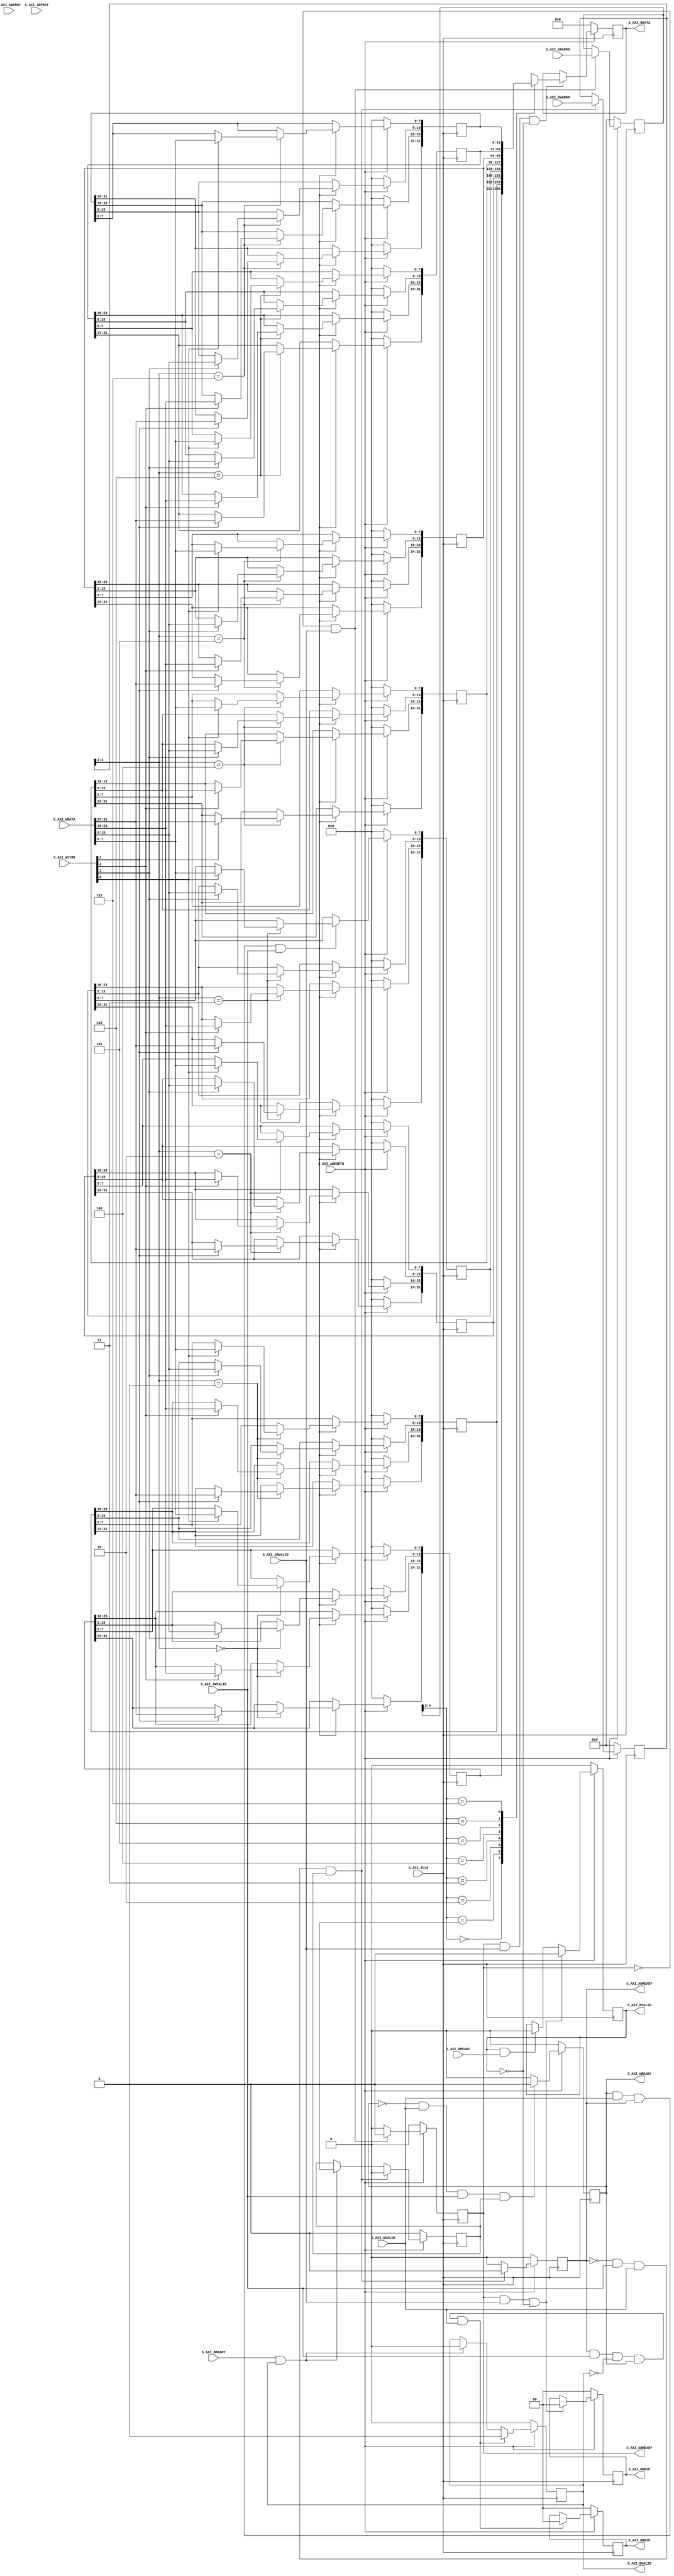

`timescale 1 ns / 1 ps

	module my_axi_lite_s_v1_0_S00_AXI #
	(
		// Users to add parameters here

		// User parameters ends
		// Do not modify the parameters beyond this line

		// Width of S_AXI data bus
		parameter integer C_S_AXI_DATA_WIDTH	= 32,
		// Width of S_AXI address bus
		parameter integer C_S_AXI_ADDR_WIDTH	= 5
	)
	(
		// Users to add ports here

		// User ports ends
		// Do not modify the ports beyond this line

		// Global Clock Signal
		input wire  S_AXI_ACLK,
		// Global Reset Signal. This Signal is Active LOW
		input wire  S_AXI_ARESETN,
		// Write address (issued by master, acceped by Slave)
		input wire [C_S_AXI_ADDR_WIDTH-1 : 0] S_AXI_AWADDR,
		// Write channel Protection type. This signal indicates the
    		// privilege and security level of the transaction, and whether
    		// the transaction is a data access or an instruction access.
		input wire [2 : 0] S_AXI_AWPROT,
		// Write address valid. This signal indicates that the master signaling
    		// valid write address and control information.
		input wire  S_AXI_AWVALID,
		// Write address ready. This signal indicates that the slave is ready
    		// to accept an address and associated control signals.
		output wire  S_AXI_AWREADY,
		// Write data (issued by master, acceped by Slave) 
		input wire [C_S_AXI_DATA_WIDTH-1 : 0] S_AXI_WDATA,
		// Write strobes. This signal indicates which byte lanes hold
    		// valid data. There is one write strobe bit for each eight
    		// bits of the write data bus.    
		input wire [(C_S_AXI_DATA_WIDTH/8)-1 : 0] S_AXI_WSTRB,
		// Write valid. This signal indicates that valid write
    		// data and strobes are available.
		input wire  S_AXI_WVALID,
		// Write ready. This signal indicates that the slave
    		// can accept the write data.
		output wire  S_AXI_WREADY,
		// Write response. This signal indicates the status
    		// of the write transaction.
		output wire [1 : 0] S_AXI_BRESP,
		// Write response valid. This signal indicates that the channel
    		// is signaling a valid write response.
		output wire  S_AXI_BVALID,
		// Response ready. This signal indicates that the master
    		// can accept a write response.
		input wire  S_AXI_BREADY,
		// Read address (issued by master, acceped by Slave)
		input wire [C_S_AXI_ADDR_WIDTH-1 : 0] S_AXI_ARADDR,
		// Protection type. This signal indicates the privilege
    		// and security level of the transaction, and whether the
    		// transaction is a data access or an instruction access.
		input wire [2 : 0] S_AXI_ARPROT,
		// Read address valid. This signal indicates that the channel
    		// is signaling valid read address and control information.
		input wire  S_AXI_ARVALID,
		// Read address ready. This signal indicates that the slave is
    		// ready to accept an address and associated control signals.
		output wire  S_AXI_ARREADY,
		// Read data (issued by slave)
		output wire [C_S_AXI_DATA_WIDTH-1 : 0] S_AXI_RDATA,
		// Read response. This signal indicates the status of the
    		// read transfer.
		output wire [1 : 0] S_AXI_RRESP,
		// Read valid. This signal indicates that the channel is
    		// signaling the required read data.
		output wire  S_AXI_RVALID,
		// Read ready. This signal indicates that the master can
    		// accept the read data and response information.
		input wire  S_AXI_RREADY
	);

	// AXI4LITE signals
	reg [C_S_AXI_ADDR_WIDTH-1 : 0] 	axi_awaddr;
	reg  	axi_awready;
	reg  	axi_wready;
	reg [1 : 0] 	axi_bresp;
	reg  	axi_bvalid;
	reg [C_S_AXI_ADDR_WIDTH-1 : 0] 	axi_araddr;
	reg  	axi_arready;
	reg [C_S_AXI_DATA_WIDTH-1 : 0] 	axi_rdata;
	reg [1 : 0] 	axi_rresp;
	reg  	axi_rvalid;

	// Example-specific design signals
	// local parameter for addressing 32 bit / 64 bit C_S_AXI_DATA_WIDTH
	// ADDR_LSB is used for addressing 32/64 bit registers/memories
	// ADDR_LSB = 2 for 32 bits (n downto 2)
	// ADDR_LSB = 3 for 64 bits (n downto 3)
	localparam integer ADDR_LSB = (C_S_AXI_DATA_WIDTH/32) + 1;
	localparam integer OPT_MEM_ADDR_BITS = 2;
	//----------------------------------------------
	//-- Signals for user logic register space example
	//------------------------------------------------
	//-- Number of Slave Registers 8
	reg [C_S_AXI_DATA_WIDTH-1:0]	slv_reg0;
	reg [C_S_AXI_DATA_WIDTH-1:0]	slv_reg1;
	reg [C_S_AXI_DATA_WIDTH-1:0]	slv_reg2;
	reg [C_S_AXI_DATA_WIDTH-1:0]	slv_reg3;
	reg [C_S_AXI_DATA_WIDTH-1:0]	slv_reg4;
	reg [C_S_AXI_DATA_WIDTH-1:0]	slv_reg5;
	reg [C_S_AXI_DATA_WIDTH-1:0]	slv_reg6;
	reg [C_S_AXI_DATA_WIDTH-1:0]	slv_reg7;
	wire	 slv_reg_rden;
	wire	 slv_reg_wren;
	reg [C_S_AXI_DATA_WIDTH-1:0]	 reg_data_out;
	integer	 byte_index;
	reg	 aw_en;

	// I/O Connections assignments

	assign S_AXI_AWREADY	= axi_awready;
	assign S_AXI_WREADY	= axi_wready;
	assign S_AXI_BRESP	= axi_bresp;
	assign S_AXI_BVALID	= axi_bvalid;
	assign S_AXI_ARREADY	= axi_arready;
	assign S_AXI_RDATA	= axi_rdata;
	assign S_AXI_RRESP	= axi_rresp;
	assign S_AXI_RVALID	= axi_rvalid;
	// Implement axi_awready generation
	// axi_awready is asserted for one S_AXI_ACLK clock cycle when both
	// S_AXI_AWVALID and S_AXI_WVALID are asserted. axi_awready is
	// de-asserted when reset is low.

	always @( posedge S_AXI_ACLK )
	begin
	  if ( S_AXI_ARESETN == 1'b0 )
	    begin
	      axi_awready <= 1'b0;
	      aw_en <= 1'b1;
	    end 
	  else
	    begin    
	      if (~axi_awready && S_AXI_AWVALID && S_AXI_WVALID && aw_en)
	        begin
	          // slave is ready to accept write address when 
	          // there is a valid write address and write data
	          // on the write address and data bus. This design 
	          // expects no outstanding transactions. 
	          axi_awready <= 1'b1;
	          aw_en <= 1'b0;
	        end
	        else if (S_AXI_BREADY && axi_bvalid)
	            begin
	              aw_en <= 1'b1;
	              axi_awready <= 1'b0;
	            end
	      else           
	        begin
	          axi_awready <= 1'b0;
	        end
	    end 
	end       

	// Implement axi_awaddr latching
	// This process is used to latch the address when both 
	// S_AXI_AWVALID and S_AXI_WVALID are valid. 

	always @( posedge S_AXI_ACLK )
	begin
	  if ( S_AXI_ARESETN == 1'b0 )
	    begin
	      axi_awaddr <= 0;
	    end 
	  else
	    begin    
	      if (~axi_awready && S_AXI_AWVALID && S_AXI_WVALID && aw_en)
	        begin
	          // Write Address latching 
	          axi_awaddr <= S_AXI_AWADDR;
	        end
	    end 
	end       

	// Implement axi_wready generation
	// axi_wready is asserted for one S_AXI_ACLK clock cycle when both
	// S_AXI_AWVALID and S_AXI_WVALID are asserted. axi_wready is 
	// de-asserted when reset is low. 

	always @( posedge S_AXI_ACLK )
	begin
	  if ( S_AXI_ARESETN == 1'b0 )
	    begin
	      axi_wready <= 1'b0;
	    end 
	  else
	    begin    
	      if (~axi_wready && S_AXI_WVALID && S_AXI_AWVALID && aw_en )
	        begin
	          // slave is ready to accept write data when 
	          // there is a valid write address and write data
	          // on the write address and data bus. This design 
	          // expects no outstanding transactions. 
	          axi_wready <= 1'b1;
	        end
	      else
	        begin
	          axi_wready <= 1'b0;
	        end
	    end 
	end       

	// Implement memory mapped register select and write logic generation
	// The write data is accepted and written to memory mapped registers when
	// axi_awready, S_AXI_WVALID, axi_wready and S_AXI_WVALID are asserted. Write strobes are used to
	// select byte enables of slave registers while writing.
	// These registers are cleared when reset (active low) is applied.
	// Slave register write enable is asserted when valid address and data are available
	// and the slave is ready to accept the write address and write data.
	assign slv_reg_wren = axi_wready && S_AXI_WVALID && axi_awready && S_AXI_AWVALID;

	always @( posedge S_AXI_ACLK )
	begin
	  if ( S_AXI_ARESETN == 1'b0 )
	    begin
	      slv_reg0 <= 0;
	      slv_reg1 <= 0;
	      slv_reg2 <= 0;
	      slv_reg3 <= 0;
	      slv_reg4 <= 0;
	      slv_reg5 <= 0;
	      slv_reg6 <= 0;
	      slv_reg7 <= 0;
	    end 
	  else begin
	    if (slv_reg_wren)
	      begin
	        case ( axi_awaddr[ADDR_LSB+OPT_MEM_ADDR_BITS:ADDR_LSB] )
	          3'h0:
	            for ( byte_index = 0; byte_index <= (C_S_AXI_DATA_WIDTH/8)-1; byte_index = byte_index+1 )
	              if ( S_AXI_WSTRB[byte_index] == 1 ) begin
	                // Respective byte enables are asserted as per write strobes 
	                // Slave register 0
	                slv_reg0[(byte_index*8) +: 8] <= S_AXI_WDATA[(byte_index*8) +: 8];
	              end  
	          3'h1:
	            for ( byte_index = 0; byte_index <= (C_S_AXI_DATA_WIDTH/8)-1; byte_index = byte_index+1 )
	              if ( S_AXI_WSTRB[byte_index] == 1 ) begin
	                // Respective byte enables are asserted as per write strobes 
	                // Slave register 1
	                slv_reg1[(byte_index*8) +: 8] <= S_AXI_WDATA[(byte_index*8) +: 8];
	              end  
	          3'h2:
	            for ( byte_index = 0; byte_index <= (C_S_AXI_DATA_WIDTH/8)-1; byte_index = byte_index+1 )
	              if ( S_AXI_WSTRB[byte_index] == 1 ) begin
	                // Respective byte enables are asserted as per write strobes 
	                // Slave register 2
	                slv_reg2[(byte_index*8) +: 8] <= S_AXI_WDATA[(byte_index*8) +: 8];
	              end  
	          3'h3:
	            for ( byte_index = 0; byte_index <= (C_S_AXI_DATA_WIDTH/8)-1; byte_index = byte_index+1 )
	              if ( S_AXI_WSTRB[byte_index] == 1 ) begin
	                // Respective byte enables are asserted as per write strobes 
	                // Slave register 3
	                slv_reg3[(byte_index*8) +: 8] <= S_AXI_WDATA[(byte_index*8) +: 8];
	              end  
	          3'h4:
	            for ( byte_index = 0; byte_index <= (C_S_AXI_DATA_WIDTH/8)-1; byte_index = byte_index+1 )
	              if ( S_AXI_WSTRB[byte_index] == 1 ) begin
	                // Respective byte enables are asserted as per write strobes 
	                // Slave register 4
	                slv_reg4[(byte_index*8) +: 8] <= S_AXI_WDATA[(byte_index*8) +: 8];
	              end  
	          3'h5:
	            for ( byte_index = 0; byte_index <= (C_S_AXI_DATA_WIDTH/8)-1; byte_index = byte_index+1 )
	              if ( S_AXI_WSTRB[byte_index] == 1 ) begin
	                // Respective byte enables are asserted as per write strobes 
	                // Slave register 5
	                slv_reg5[(byte_index*8) +: 8] <= S_AXI_WDATA[(byte_index*8) +: 8];
	              end  
	          3'h6:
	            for ( byte_index = 0; byte_index <= (C_S_AXI_DATA_WIDTH/8)-1; byte_index = byte_index+1 )
	              if ( S_AXI_WSTRB[byte_index] == 1 ) begin
	                // Respective byte enables are asserted as per write strobes 
	                // Slave register 6
	                slv_reg6[(byte_index*8) +: 8] <= S_AXI_WDATA[(byte_index*8) +: 8];
	              end  
	          3'h7:
	            for ( byte_index = 0; byte_index <= (C_S_AXI_DATA_WIDTH/8)-1; byte_index = byte_index+1 )
	              if ( S_AXI_WSTRB[byte_index] == 1 ) begin
	                // Respective byte enables are asserted as per write strobes 
	                // Slave register 7
	                slv_reg7[(byte_index*8) +: 8] <= S_AXI_WDATA[(byte_index*8) +: 8];
	              end  
	          default : begin
	                      slv_reg0 <= slv_reg0;
	                      slv_reg1 <= slv_reg1;
	                      slv_reg2 <= slv_reg2;
	                      slv_reg3 <= slv_reg3;
	                      slv_reg4 <= slv_reg4;
	                      slv_reg5 <= slv_reg5;
	                      slv_reg6 <= slv_reg6;
	                      slv_reg7 <= slv_reg7;
	                    end
	        endcase
	      end
	  end
	end    

	// Implement write response logic generation
	// The write response and response valid signals are asserted by the slave 
	// when axi_wready, S_AXI_WVALID, axi_wready and S_AXI_WVALID are asserted.  
	// This marks the acceptance of address and indicates the status of 
	// write transaction.

	always @( posedge S_AXI_ACLK )
	begin
	  if ( S_AXI_ARESETN == 1'b0 )
	    begin
	      axi_bvalid  <= 0;
	      axi_bresp   <= 2'b0;
	    end 
	  else
	    begin    
	      if (axi_awready && S_AXI_AWVALID && ~axi_bvalid && axi_wready && S_AXI_WVALID)
	        begin
	          // indicates a valid write response is available
	          axi_bvalid <= 1'b1;
	          axi_bresp  <= 2'b0; // 'OKAY' response 
	        end                   // work error responses in future
	      else
	        begin
	          if (S_AXI_BREADY && axi_bvalid) 
	            //check if bready is asserted while bvalid is high) 
	            //(there is a possibility that bready is always asserted high)   
	            begin
	              axi_bvalid <= 1'b0; 
	            end  
	        end
	    end
	end   

	// Implement axi_arready generation
	// axi_arready is asserted for one S_AXI_ACLK clock cycle when
	// S_AXI_ARVALID is asserted. axi_awready is 
	// de-asserted when reset (active low) is asserted. 
	// The read address is also latched when S_AXI_ARVALID is 
	// asserted. axi_araddr is reset to zero on reset assertion.

	always @( posedge S_AXI_ACLK )
	begin
	  if ( S_AXI_ARESETN == 1'b0 )
	    begin
	      axi_arready <= 1'b0;
	      axi_araddr  <= 32'b0;
	    end 
	  else
	    begin    
	      if (~axi_arready && S_AXI_ARVALID)
	        begin
	          // indicates that the slave has acceped the valid read address
	          axi_arready <= 1'b1;
	          // Read address latching
	          axi_araddr  <= S_AXI_ARADDR;
	        end
	      else
	        begin
	          axi_arready <= 1'b0;
	        end
	    end 
	end       

	// Implement axi_arvalid generation
	// axi_rvalid is asserted for one S_AXI_ACLK clock cycle when both 
	// S_AXI_ARVALID and axi_arready are asserted. The slave registers 
	// data are available on the axi_rdata bus at this instance. The 
	// assertion of axi_rvalid marks the validity of read data on the 
	// bus and axi_rresp indicates the status of read transaction.axi_rvalid 
	// is deasserted on reset (active low). axi_rresp and axi_rdata are 
	// cleared to zero on reset (active low).  
	always @( posedge S_AXI_ACLK )
	begin
	  if ( S_AXI_ARESETN == 1'b0 )
	    begin
	      axi_rvalid <= 0;
	      axi_rresp  <= 0;
	    end 
	  else
	    begin    
	      if (axi_arready && S_AXI_ARVALID && ~axi_rvalid)
	        begin
	          // Valid read data is available at the read data bus
	          axi_rvalid <= 1'b1;
	          axi_rresp  <= 2'b0; // 'OKAY' response
	        end   
	      else if (axi_rvalid && S_AXI_RREADY)
	        begin
	          // Read data is accepted by the master
	          axi_rvalid <= 1'b0;
	        end                
	    end
	end    

	// Implement memory mapped register select and read logic generation
	// Slave register read enable is asserted when valid address is available
	// and the slave is ready to accept the read address.
	assign slv_reg_rden = axi_arready & S_AXI_ARVALID & ~axi_rvalid;
	always @(*)
	begin
	      // Address decoding for reading registers
	      case ( axi_araddr[ADDR_LSB+OPT_MEM_ADDR_BITS:ADDR_LSB] )
	        3'h0   : reg_data_out <= slv_reg0;
	        3'h1   : reg_data_out <= slv_reg1;
	        3'h2   : reg_data_out <= slv_reg2;
	        3'h3   : reg_data_out <= slv_reg3;
	        3'h4   : reg_data_out <= slv_reg4;
	        3'h5   : reg_data_out <= slv_reg5;
	        3'h6   : reg_data_out <= slv_reg6;
	        3'h7   : reg_data_out <= slv_reg7;
	        default : reg_data_out <= 0;
	      endcase
	end

	// Output register or memory read data
	always @( posedge S_AXI_ACLK )
	begin
	  if ( S_AXI_ARESETN == 1'b0 )
	    begin
	      axi_rdata  <= 0;
	    end 
	  else
	    begin    
	      // When there is a valid read address (S_AXI_ARVALID) with 
	      // acceptance of read address by the slave (axi_arready), 
	      // output the read dada 
	      if (slv_reg_rden)
	        begin
	          axi_rdata <= reg_data_out;     // register read data
	        end   
	    end
	end    

	// Add user logic here

	// User logic ends

	endmodule